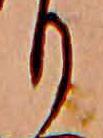
り